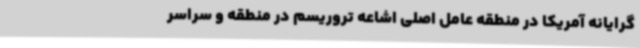
‌گرایانه آمریکا در منطقه عامل اصلی اشاعه تروریسم در منطقه و سراسر